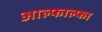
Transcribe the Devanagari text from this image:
आल्फाल्फा